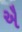
ઐ